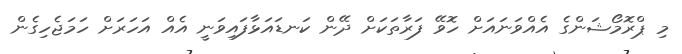
މި ޕްރޮމޯޝަންގެ އެއްވަނައަށް ހޮވޭ ފަރާތަކަށް ދޭން ކަނޑައަޅާފައިވަނީ އެއް އަހަރަށް ހަމަޖެހިގެން